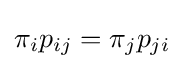
\pi _{i}p_{ij}=\pi _{j}p_{ji}